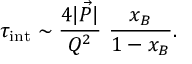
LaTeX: \tau _ { \mathrm { i n t } } \sim { \frac { 4 | \vec { P } | } { Q ^ { 2 } } } ~ { \frac { x _ { B } } { 1 - x _ { B } } } .